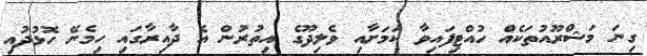
ގިނަ މަޝްރޫއުތަކެއް ހުއްޓިފައިވާ ކަމަށާއި ވެލިދޫގެ އިތުރުން އެ ދާއިރާގައި ހިމެނޭ ހޮޅުދުއި